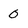
Character: 0